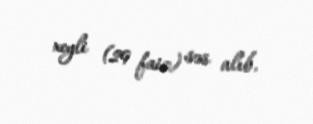
xeyli (29 faiz) səs alıb.